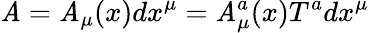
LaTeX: \mathit{A}=\mathit{A}_{\mu}(x)dx^{\mu}=\mathit{A}_{\mu}^{a}(x)T^{a}dx^{\mu}